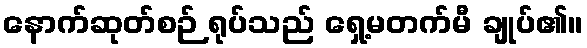
နောက်ဆုတ်စဉ် ရုပ်သည် ရှေ့မတက်မီ ချုပ်၏။